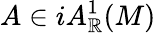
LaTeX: A\in iA_{\mathbb{R}}^{1}(M)